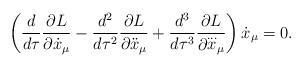
\begin{align*}\left(\frac{d}{d\tau}\frac{\partial L}{\partial{\dot x}_\mu}-\frac{d^2}{d\tau^2}\frac{\partial L}{\partial{\ddot x}_\mu}+\frac{d^3}{d\tau^3}\frac{\partial L}{\partial{\stackrel{\ldots}{x}}_\mu}\right){\dot x}_\mu=0.\end{align*}